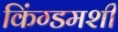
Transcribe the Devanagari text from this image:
किंग्डमशी